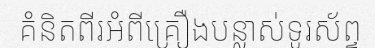
គំនិតពីរអំពីគ្រឿងបន្លាស់ទូរស័ព្ទ